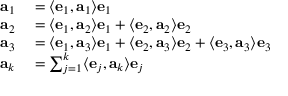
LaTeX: \begin{array} { r l } { \mathbf { a } _ { 1 } } & { { } = \langle \mathbf { e } _ { 1 } , \mathbf { a } _ { 1 } \rangle \mathbf { e } _ { 1 } } \\ { \mathbf { a } _ { 2 } } & { { } = \langle \mathbf { e } _ { 1 } , \mathbf { a } _ { 2 } \rangle \mathbf { e } _ { 1 } + \langle \mathbf { e } _ { 2 } , \mathbf { a } _ { 2 } \rangle \mathbf { e } _ { 2 } } \\ { \mathbf { a } _ { 3 } } & { { } = \langle \mathbf { e } _ { 1 } , \mathbf { a } _ { 3 } \rangle \mathbf { e } _ { 1 } + \langle \mathbf { e } _ { 2 } , \mathbf { a } _ { 3 } \rangle \mathbf { e } _ { 2 } + \langle \mathbf { e } _ { 3 } , \mathbf { a } _ { 3 } \rangle \mathbf { e } _ { 3 } } \\ { \mathbf { a } _ { k } } & { { } = \sum _ { j = 1 } ^ { k } \langle \mathbf { e } _ { j } , \mathbf { a } _ { k } \rangle \mathbf { e } _ { j } } \end{array}